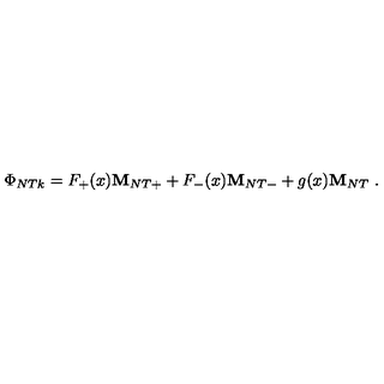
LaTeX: \Phi _ { N T k } = F _ { + } ( x ) { \bf M } _ { N T + } + F _ { - } ( x ) { \bf M } _ { N T - } + g ( x ) { \bf M } _ { N T } \ .